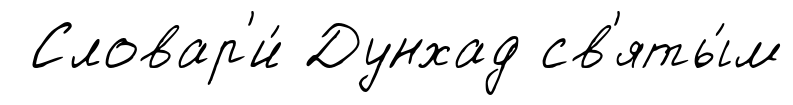
Словар'и́ Дунхад св'яты́м